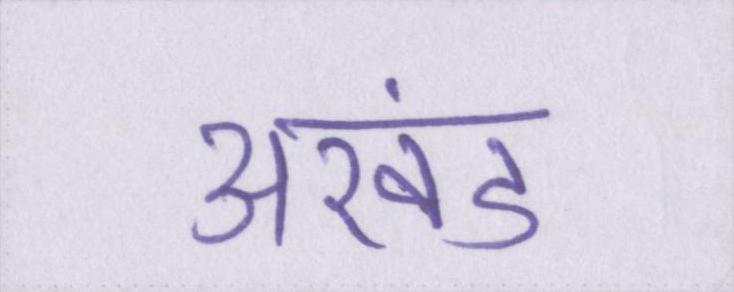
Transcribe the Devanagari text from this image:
अखंड